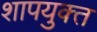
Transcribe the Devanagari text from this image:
शापयुक्‍त